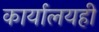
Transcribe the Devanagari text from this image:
कार्यालयही